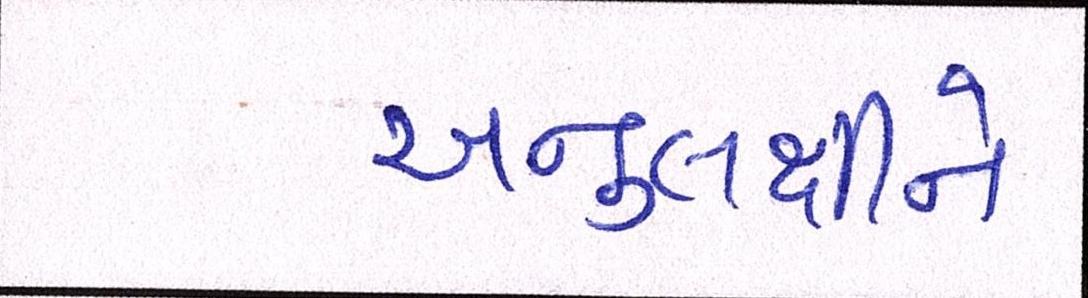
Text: અનુલક્ષીને